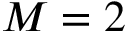
M = 2